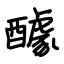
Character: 醵